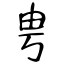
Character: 甹